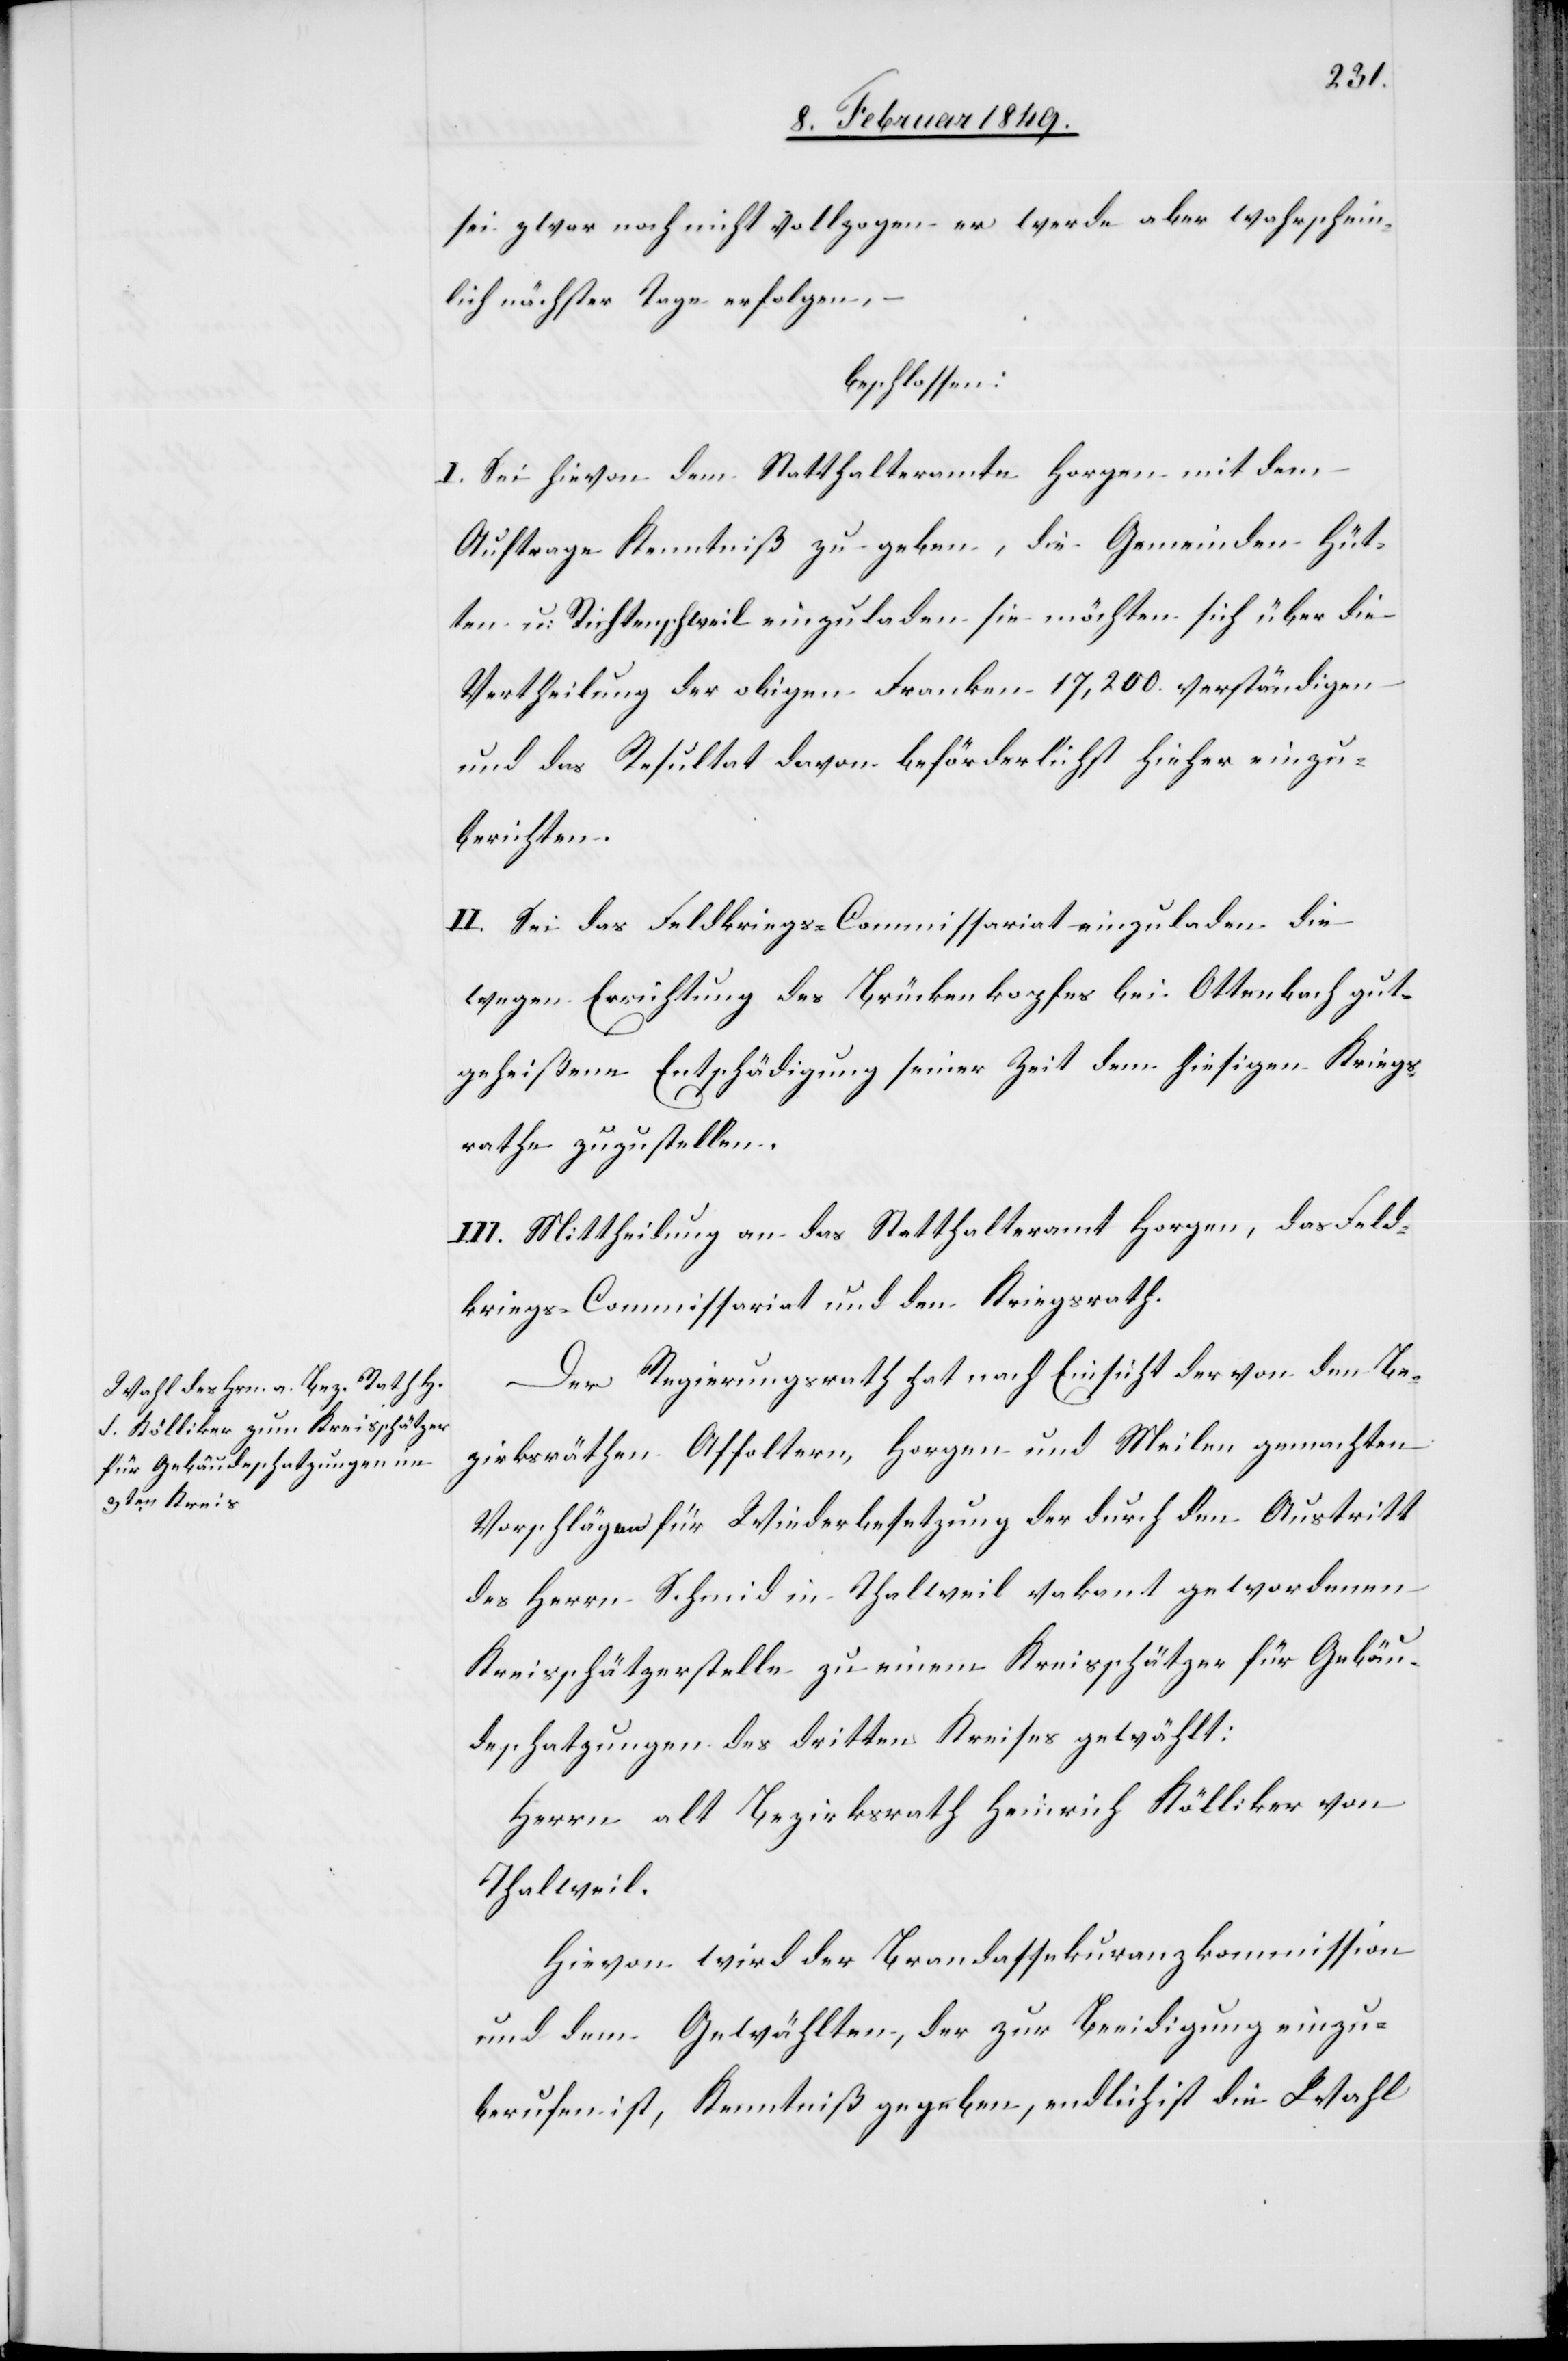
sei zwar noch nicht vollzogen er werde aber wahrschein¬
lich nächster Tage erfolgen,
beschlossen:
I. Sei hievon dem Statthalteramte Horgen mit dem
Auftrage Kenntniß zu geben, die Gemeinden Hüt¬
ten u: Richterschweil einzuladen sie möchten sich über die
Vertheilung der obigen Franken 17,200. verständigen
und das Resultat davon beförderlichst hieher einzu¬
berichten.
II. Sei das Feldkriegs-Commissariat einzuladen die
wegen Errichtung des Brückenkopfes bei Ottenbach gut¬
geheißene Entschädigung seiner Zeit dem hiesigen Kriegs¬
rathe zuzustellen.
III. Mittheilung an das Statthalteramt Horgen, das Feld¬
kriegs-Commissariat und den Kriegsrath.
Der Regierungsrath hat nach Einsicht der von den Be¬
zirksräthen Affoltern, Horgen und Meilen gemachten
Vorschlägen für Wiederbesetzung der durch den Austritt
des Herrn Schmid in Thalweil vakant gewordenen
Kreisschätzerstelle zu einem Kreisschätzer für Gebäu¬
deschatzungen des dritten Kreises gewählt:
Herrn alt Bezirksrath Heinrich Kölliker von
Thalweil.
Hievon wird der Brandassekuranzkommission
und dem Gewählten, der zur Beeidigung einzu¬
berufen ist, Kenntniß gegeben, endlich ist die Wahl